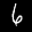
Label: 6